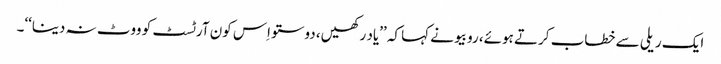
ایک ریلی سے خطاب کرتے ہوئے، روبیو نے کہا کہ ’’یاد رکھیں، دوستو اِس کون آرٹسٹ کو ووٹ نہ دینا‘‘۔